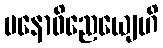
မနောဝိညေယျေဟိ